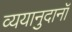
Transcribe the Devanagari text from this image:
व्ययानुदानॉ